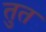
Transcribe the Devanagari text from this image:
तुत